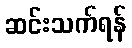
ဆင်းသက်ရန်